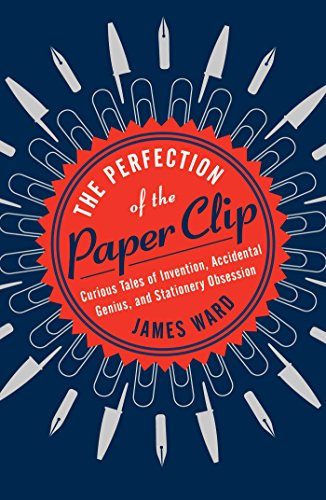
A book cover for The Perfection of the Paper Clip: Curious Tales of Invention, Accidental Genius, and Stationery Obsession; James Ward; Humor & Entertainment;